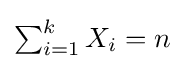
{\textstyle \sum _{i=1}^{k}X_{i}=n}